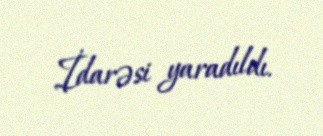
İdarəsi yaradıldı.